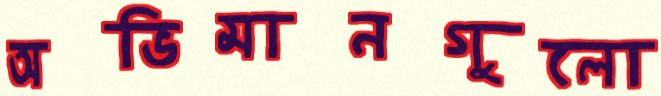
অভিমানগুলো